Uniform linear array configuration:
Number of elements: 48
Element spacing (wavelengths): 0.25
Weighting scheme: blackman
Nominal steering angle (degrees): -15
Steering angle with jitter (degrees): -13.528
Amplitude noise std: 0.05
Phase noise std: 0.05

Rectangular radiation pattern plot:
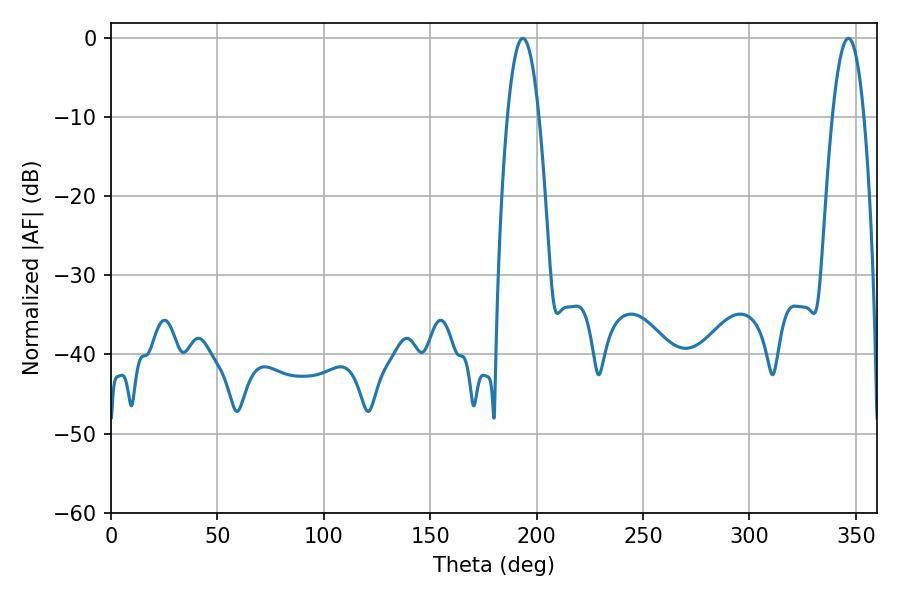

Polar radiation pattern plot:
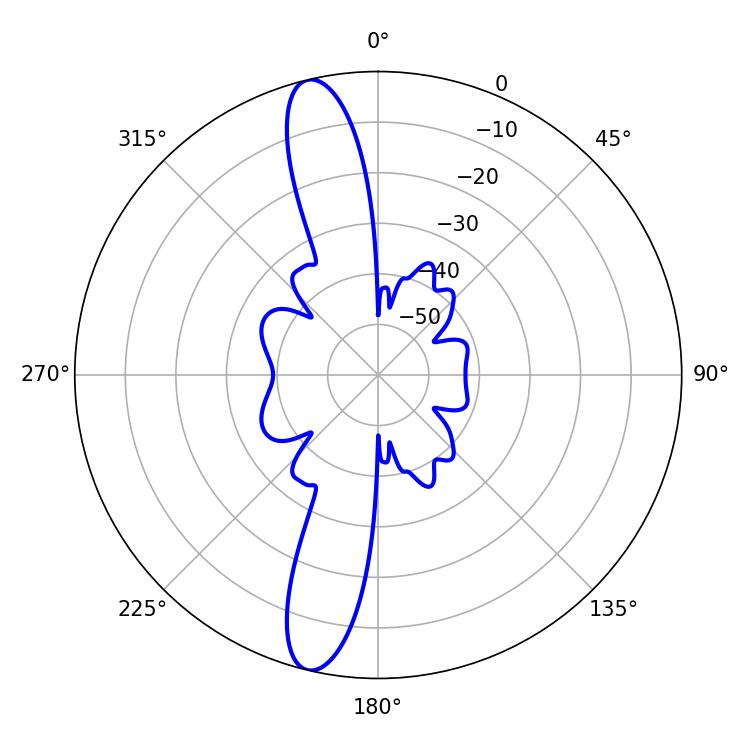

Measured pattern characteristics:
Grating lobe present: FALSE
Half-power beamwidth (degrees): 8.1
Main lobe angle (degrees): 193.5